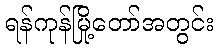
ရန်ကုန်မြို့တော်အတွင်း